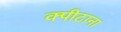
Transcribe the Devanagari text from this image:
क्पीटाना